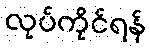
လုပ်ကိုင်ရန်